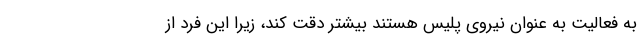
به فعالیت به عنوان نیروی پلیس هستند بیشتر دقت کند، زیرا این فرد از